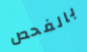
بالفحص